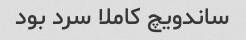
ساندویچ کاملا سرد بود